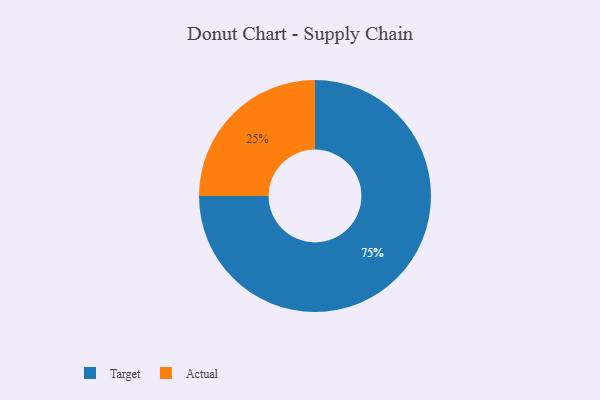
{"axis": {"x": "Category", "y": "Percentage"}, "legend": ["Actual", "Target"], "data": [{"x": "Actual", "y": 25, "type": "Actual"}, {"x": "Target", "y": 75, "type": "Target"}]}